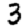
Digit: 3